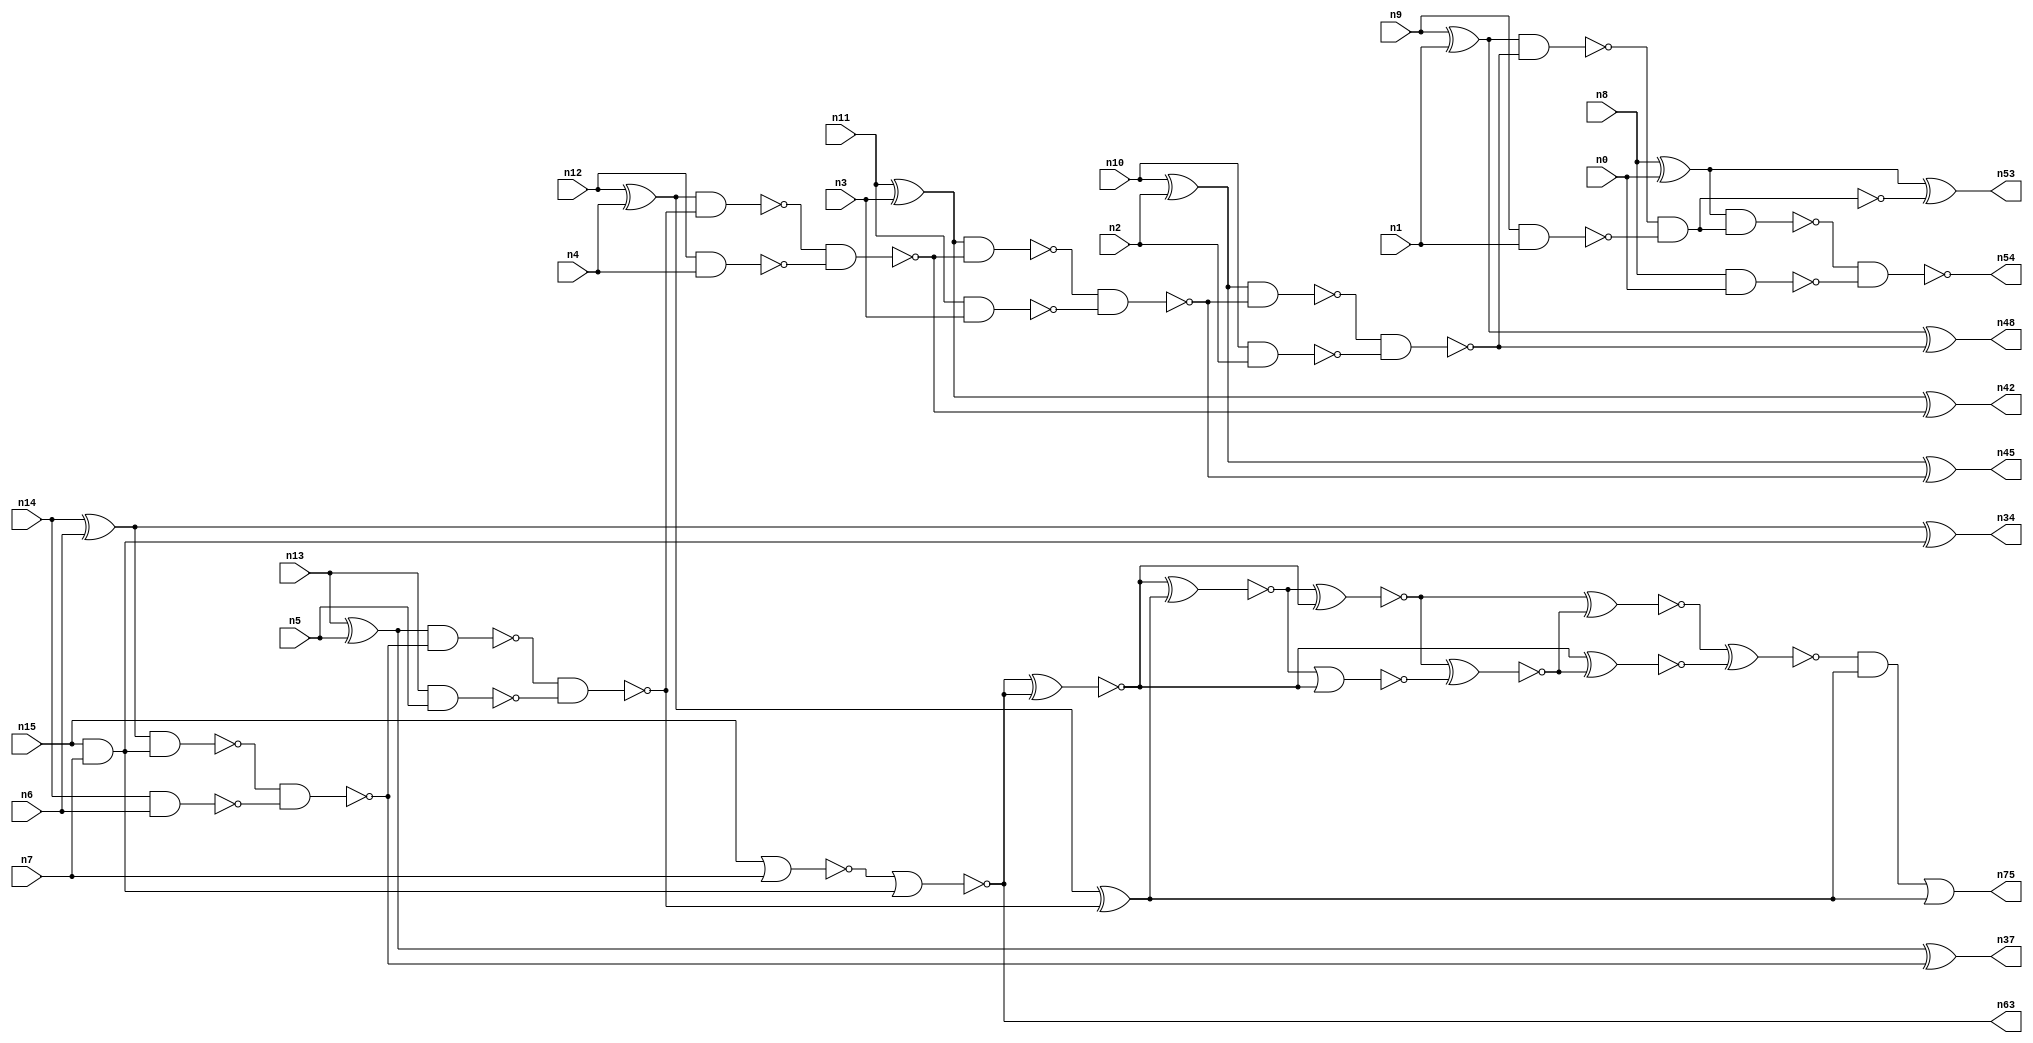
// This file contains a pareto-optimal circuit with respect to area and the fault-resilince parameter p_fault which is defined as:
// "For all input vectors, the ratio of the no. of faults observable at the POs to the no. of total possible faults in the circuit".
// This code is part of the ReCkt library (https://github.com/umar-afzaal/ReCkt) distributed under The MIT License.
// When used, please cite the following article(s):
// U. Afzaal, A.S. Hassan, M. Usman and J.A. Lee, "On the Evolutionary Synthesis of Increased Fault-resilience Arithmetic Circuits".

// p_fault = 79.2 %    (Lower is better)
// gates = 51.0
// levels = 15
// area = 71.93    (For MCNC library relative to nand2)
// power = 342.6 uW    (Berkely-SIS for MCNC library @ Vdd=5V and 20 MHz clock)
// delay = 22.6 ns    (Berkely-ABC for MCNC library)
// PDP = 7.74276e-12 J

// Pin mapping:
// {n0, n1, n2, n3, n4, n5, n6, n7} = A[7:0]
// {n8, n9, n10, n11, n12, n13, n14, n15} = B[7:0]
// {n54, n53, n48, n45, n42, n75, n37, n34, n63} = O[8:0]

module addr8s_area_41 (
n0, n1, n2, n3, n4, n5, n6, n7, n8, n9, n10, n11, n12, n13, n14, n15, 
n54, n53, n48, n45, n42, n75, n37, n34, n63
);

input n0, n1, n2, n3, n4, n5, n6, n7, n8, n9, n10, n11, n12, n13, n14, n15;
output n54, n53, n48, n45, n42, n75, n37, n34, n63;
wire n22, n28, n21, n49, n30, n16, n27, n52, n24, n56, n20, n32, n64, n18, n55, n51, n31, n39, n25, n58, 
n41, n26, n35, n29, n17, n38, n19, n43, n61, n50, n69, n46, n47, n59, n23, n40, n36, n57, n33, n60, 
n68, n44;

nand (n16, n10, n2);
nand (n17, n11, n3);
nor (n18, n15, n7);
nand (n19, n13, n5);
xor (n20, n13, n5);
xor (n21, n10, n2);
xor (n22, n14, n6);
nand (n23, n8, n0);
and (n24, n15, n7);
xor (n25, n8, n0);
xor (n26, n11, n3);
nand (n27, n14, n6);
nand (n28, n9, n1);
xor (n29, n9, n1);
xor (n30, n12, n4);
nand (n31, n12, n4);
nor (n32, n18, n24);
nand (n33, n22, n24);
xor (n34, n22, n24);
nand (n35, n33, n27);
nand (n36, n20, n35);
xor (n37, n20, n35);
nand (n38, n36, n19);
xor (n39, n30, n38);
nand (n40, n30, n38);
nand (n41, n40, n31);
xor (n42, n26, n41);
nand (n43, n26, n41);
nand (n44, n43, n17);
xor (n45, n21, n44);
nand (n46, n21, n44);
nand (n47, n46, n16);
xor (n48, n29, n47);
nand (n49, n29, n47);
and (n50, n49, n28);
nand (n51, n49, n28);
nand (n52, n25, n50);
xor (n53, n25, n51);
nand (n54, n52, n23);
xnor (n55, n32, n32);
xnor (n56, n32, n32);
xnor (n57, n55, n39);
nor (n58, n57, n56);
xnor (n59, n57, n56);
xnor (n60, n59, n58);
xnor (n61, n59, n60);
and (n63, n32, n32);
xnor (n64, n55, n60);
xnor (n68, n61, n64);
and (n69, n68, n39);
or (n75, n69, n39);

endmodule